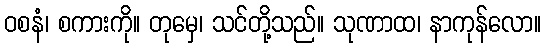
ဝစနံ၊ စကားကို။ တုမှေ၊ သင်တို့သည်။ သုဏာထ၊ နာကုန်လော။